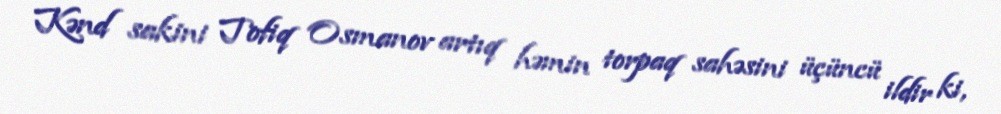
Kənd sakini Tofiq Osmanov artıq həmin torpaq sahəsini üçüncü ildir ki,